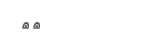
٣٤